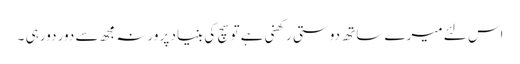
اس لئے میرے ساتھ دوستی رکھنی ہے تو سچ کی بنیاد پر ورنہ مجھ سے دور دور ہی ۔